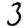
Digit: 3